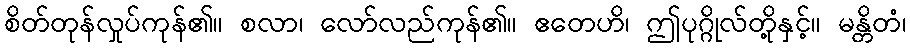
စိတ်တုန်လှုပ်ကုန်၏။ စလာ၊ လော်လည်ကုန်၏။ ဧတေဟိ၊ ဤပုဂ္ဂိုလ်တို့နှင့်။ မန္တိတံ၊